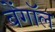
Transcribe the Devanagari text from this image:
बेंगॉल